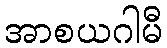
အာစယဂါမီ